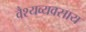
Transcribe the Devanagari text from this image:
वैश्यव्यवसाय